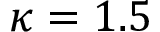
\kappa = 1 . 5